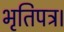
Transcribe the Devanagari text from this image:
भृतिपत्र।